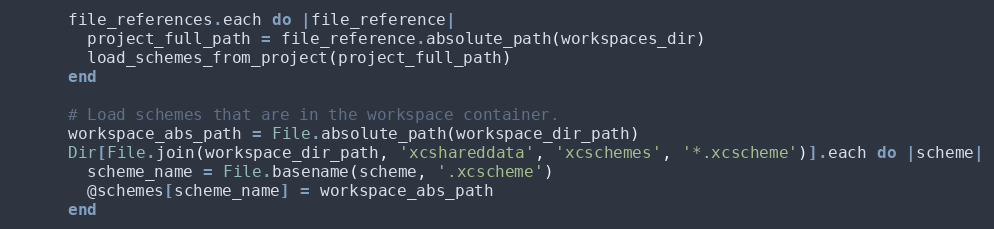
Language: Ruby
      file_references.each do |file_reference|
        project_full_path = file_reference.absolute_path(workspaces_dir)
        load_schemes_from_project(project_full_path)
      end

      # Load schemes that are in the workspace container.
      workspace_abs_path = File.absolute_path(workspace_dir_path)
      Dir[File.join(workspace_dir_path, 'xcshareddata', 'xcschemes', '*.xcscheme')].each do |scheme|
        scheme_name = File.basename(scheme, '.xcscheme')
        @schemes[scheme_name] = workspace_abs_path
      end